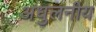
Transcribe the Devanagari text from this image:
अधुलनीय